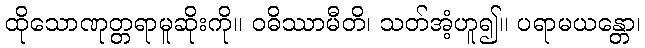
ထိုသောဏုတ္တရာမူဆိုးကို။ ဝဓိဿာမီတိ၊ သတ်အံ့ဟူ၍။ ပရာမယန္တော၊